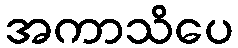
အကာသိပေ